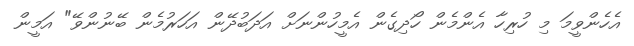
އެހެންވީމަ މި ހުރިހާ އެންމެން ހޯދިގެން އެމީހުންނަށް އަދަބުދޭން އަހަރުމެން ބޭނުންވޭ" އަމީން